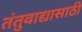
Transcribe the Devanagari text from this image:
तंतुवाद्यासाठी